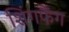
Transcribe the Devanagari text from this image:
शिंगफैंग